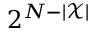
2 ^ { N - | \mathcal { X } | }